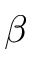
\beta